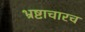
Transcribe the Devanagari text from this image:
भ्रष्टाचारच